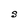
Character: S